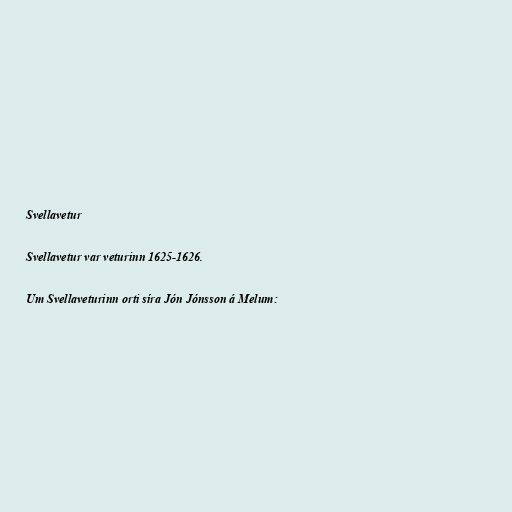
Svellavetur

Svellavetur var veturinn 1625-1626.

Um Svellaveturinn orti síra Jón Jónsson á Melum: